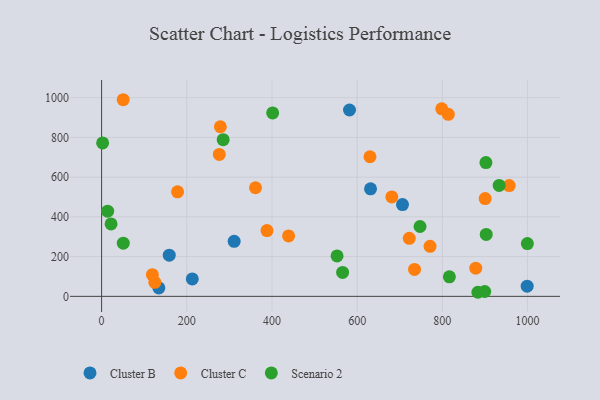
{"axis": {"x": "Engine Size", "y": "Rating"}, "legend": ["Cluster B", "Cluster C", "Scenario 2"], "data": [{"x": "158.8", "y": 207.1, "type": "Cluster B"}, {"x": "212.9", "y": 87.8, "type": "Cluster B"}, {"x": "631.4", "y": 541.5, "type": "Cluster B"}, {"x": "311.2", "y": 276.9, "type": "Cluster B"}, {"x": "999.1", "y": 51.1, "type": "Cluster B"}, {"x": "134.4", "y": 42.3, "type": "Cluster B"}, {"x": "582.0", "y": 938.0, "type": "Cluster B"}, {"x": "706.4", "y": 462.1, "type": "Cluster B"}, {"x": "276.3", "y": 714.5, "type": "Cluster C"}, {"x": "722.3", "y": 292.3, "type": "Cluster C"}, {"x": "361.3", "y": 546.7, "type": "Cluster C"}, {"x": "178.3", "y": 526.0, "type": "Cluster C"}, {"x": "771.1", "y": 252.0, "type": "Cluster C"}, {"x": "125.0", "y": 70.6, "type": "Cluster C"}, {"x": "119.2", "y": 109.1, "type": "Cluster C"}, {"x": "900.5", "y": 492.2, "type": "Cluster C"}, {"x": "957.0", "y": 557.4, "type": "Cluster C"}, {"x": "388.3", "y": 330.9, "type": "Cluster C"}, {"x": "798.6", "y": 944.0, "type": "Cluster C"}, {"x": "878.4", "y": 142.0, "type": "Cluster C"}, {"x": "50.7", "y": 989.8, "type": "Cluster C"}, {"x": "278.8", "y": 853.7, "type": "Cluster C"}, {"x": "814.0", "y": 916.1, "type": "Cluster C"}, {"x": "734.7", "y": 135.4, "type": "Cluster C"}, {"x": "439.0", "y": 304.2, "type": "Cluster C"}, {"x": "630.1", "y": 702.7, "type": "Cluster C"}, {"x": "681.3", "y": 500.7, "type": "Cluster C"}, {"x": "903.0", "y": 311.9, "type": "Scenario 2"}, {"x": "816.5", "y": 98.4, "type": "Scenario 2"}, {"x": "14.2", "y": 429.0, "type": "Scenario 2"}, {"x": "50.9", "y": 267.9, "type": "Scenario 2"}, {"x": "747.6", "y": 351.7, "type": "Scenario 2"}, {"x": "565.8", "y": 120.5, "type": "Scenario 2"}, {"x": "285.4", "y": 788.9, "type": "Scenario 2"}, {"x": "899.5", "y": 24.3, "type": "Scenario 2"}, {"x": "22.2", "y": 364.6, "type": "Scenario 2"}, {"x": "999.6", "y": 265.6, "type": "Scenario 2"}, {"x": "2.4", "y": 772.5, "type": "Scenario 2"}, {"x": "401.6", "y": 923.3, "type": "Scenario 2"}, {"x": "552.8", "y": 203.6, "type": "Scenario 2"}, {"x": "933.3", "y": 558.6, "type": "Scenario 2"}, {"x": "902.3", "y": 673.6, "type": "Scenario 2"}, {"x": "883.4", "y": 20.5, "type": "Scenario 2"}]}